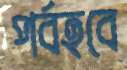
পর্বহবে